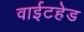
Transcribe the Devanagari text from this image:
वाईटहेड